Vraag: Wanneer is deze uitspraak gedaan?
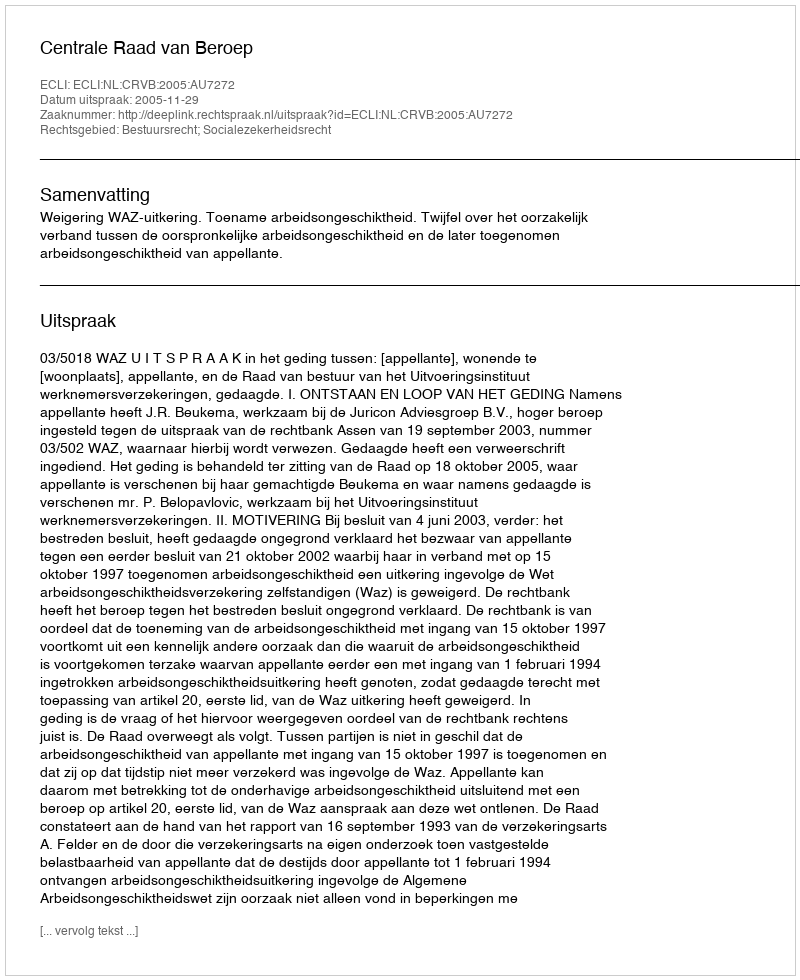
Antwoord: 2005-11-29